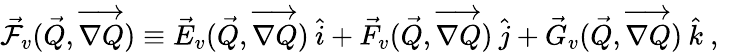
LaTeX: \vec{\mathcal{F}}_{v}(\vec{Q},\overrightarrow{\nabla Q})\equiv\vec{E}_{v}(\vec{Q},\overrightarrow{\nabla Q})\: \hat{i}+\vec{F}_{v}(\vec{Q},\overrightarrow{\nabla Q})\: \hat{j}+\vec{G}_{v}(\vec{Q},\overrightarrow{\nabla Q})\: \hat{k}\mathrm{~,~}